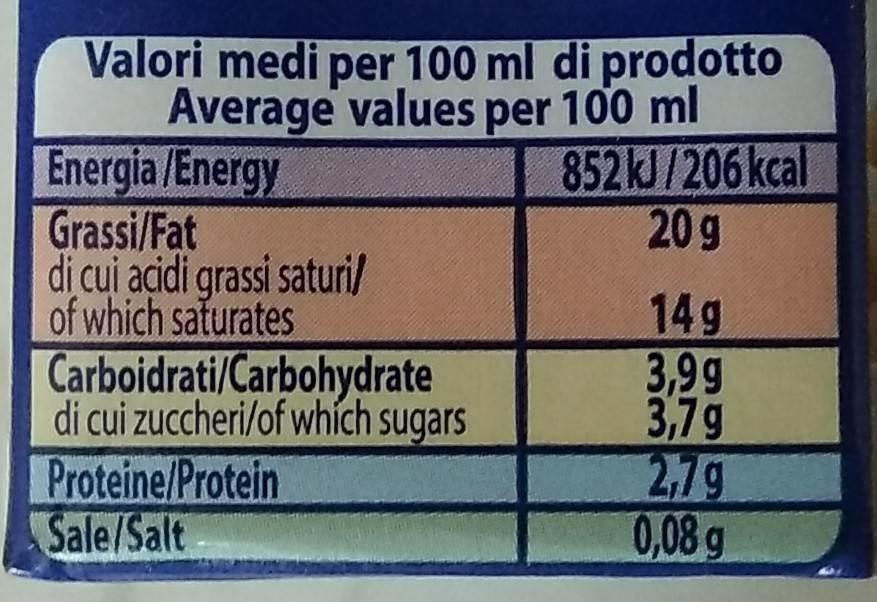
Valori medi per 100 ml di prodotto Average values per 100 ml Energia /Energy Grassi/Fat dị cui acidi grassi saturi/ of which saturates Carboidrati/Carbohydrate di cui zuccheri/of whích sugars
852KJ/206 kcal 20 g
14g 3,9g 3,79 2,7g 0,08 g
Proteine/Protein Sale/Salt